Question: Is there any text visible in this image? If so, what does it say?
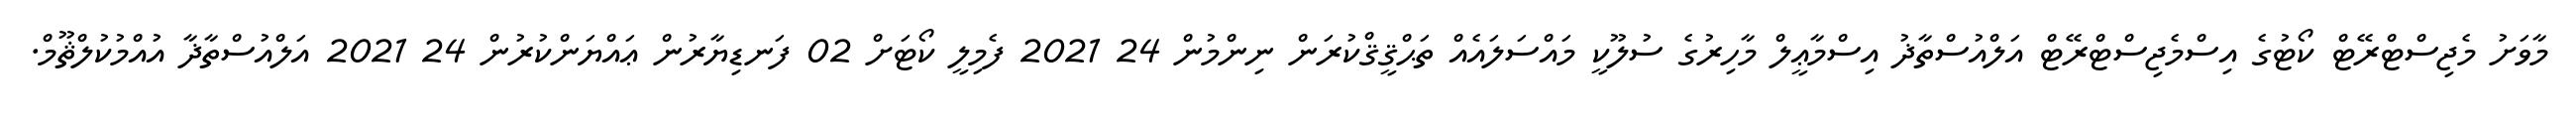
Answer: މާވަށު މެޖިސްޓްރޭޓް ކޯޓުގެ އިސްމެޖިސްޓްރޭޓް އަލްއުސްތާޛު އިސްމާޢީލް މާހިރުގެ ސުލޫކީ މައްސަލައެއް ތަޙްޤީޤްކުރަން ނިންމުން 24 2021 ފެމިލީ ކޯޓަށް 02 ފަނޑިޔާރުން ޢައްޔަންކުރުން 24 2021 އަލްއުސްތާޛާ އުއްމުކުލްޘޫމް.